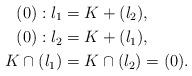
LaTeX: \begin{align*}(0):l_1 &=K+(l_2),\\(0):l_2 &=K+(l_1),\\K\cap (l_1) &=K \cap (l_2) = (0).\end{align*}